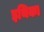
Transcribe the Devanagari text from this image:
इथिका